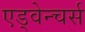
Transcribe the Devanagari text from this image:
एड्वेन्चर्स